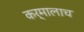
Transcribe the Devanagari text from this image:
कर्मालाच